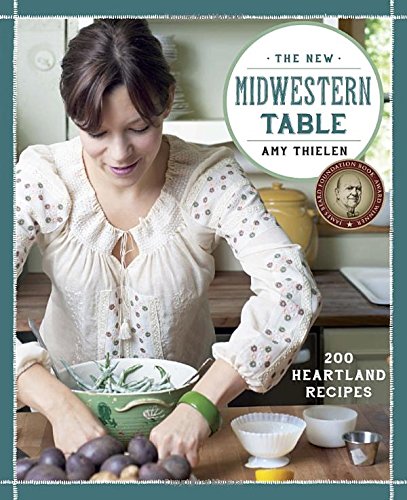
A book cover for The New Midwestern Table: 200 Heartland Recipes; Amy Thielen; Cookbooks, Food & Wine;